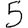
Digit: 5